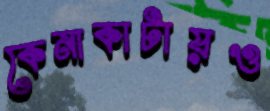
কেনাকাটায়ও